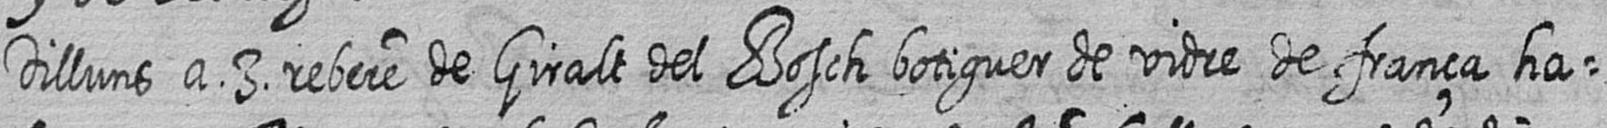
Dilluns a 3 rebere de Giralt del Bosch botiguer de vidre de frança ha=